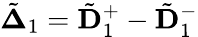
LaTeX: \tilde{\mathbf\Delta}_{1}=\tilde{\mathbf D}_{1}^{+}-\tilde{\mathbf D}_{1}^{-}